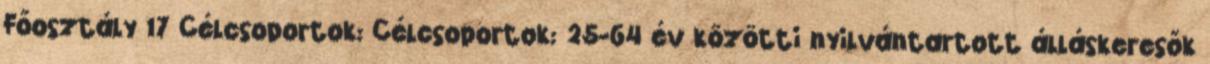
Főosztály 17 Célcsoportok: Célcsoportok: 25-64 év közötti nyilvántartott álláskeresők